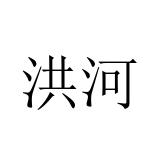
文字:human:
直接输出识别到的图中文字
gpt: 洪河